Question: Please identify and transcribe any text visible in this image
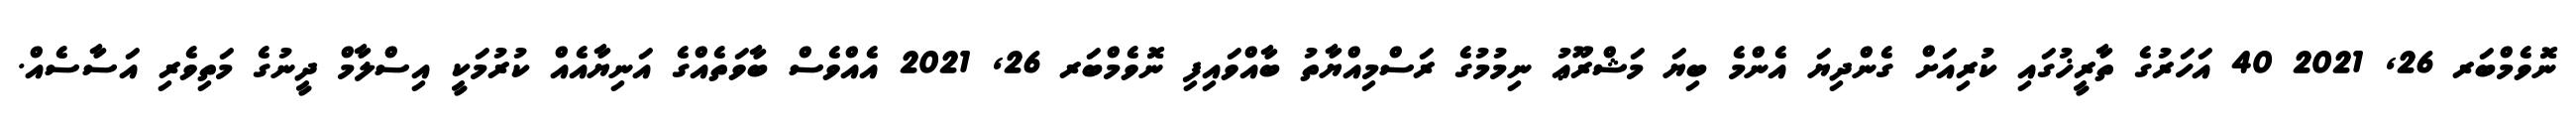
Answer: ނޮވެމްބަރ 26, 2021 40 އަހަރުގެ ތާރީޚުގައި ކުރިއަށް ގެންދިޔަ އެންމެ ބިޔަ މަޝްރޫޢު ނިމުމުގެ ރަސްމިއްޔާތު ބާއްވައިފި ނޮވެމްބަރ 26, 2021 އެއްވެސް ބާވަތެއްގެ އަނިޔާއެއް ކުރުމަކީ އިސްލާމް ދީނުގެ މަތިވެރި އަސާސެއް.